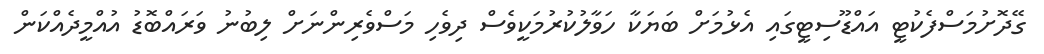
ގޭދޮށުމަސްފެކުޓީ އައްޑޫސިޓީގައި އެޅުމަށް ބަޔަކާ ހަވާލުކުރުމަކީވެސް ދިވެހި މަސްވެރިންނަށް ލިބުނު ވަރައްބޮޑު އުއްމީދެއްކަން